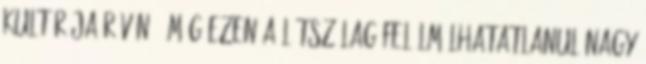
kultúrája révén - még ezen a látszólag felülmúlhatatlanul nagy